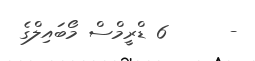
-      6 ޑްރީމްސް މޯބައިލްގެ